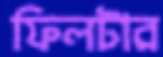
ফিলটার